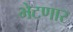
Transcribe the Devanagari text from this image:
भेटणार